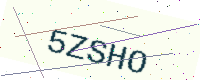
Text: 5ZSHO